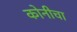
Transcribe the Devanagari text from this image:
कोनीचा